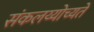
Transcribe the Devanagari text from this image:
संकलय्योच्यते